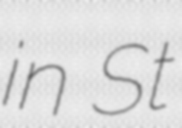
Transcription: in St